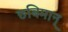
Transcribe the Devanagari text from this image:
छबिमान्